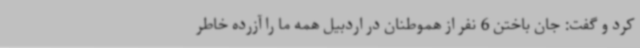
کرد و گفت: جان باختن 6 نفر از هموطنان در اردبیل همه ما را آزرده خاطر